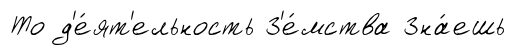
То д'е́ят'ельность З'е́мства Зна́ешь